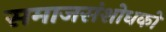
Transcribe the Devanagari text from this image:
समाजसंशोधकों